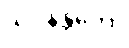
သဝနန္တိကော